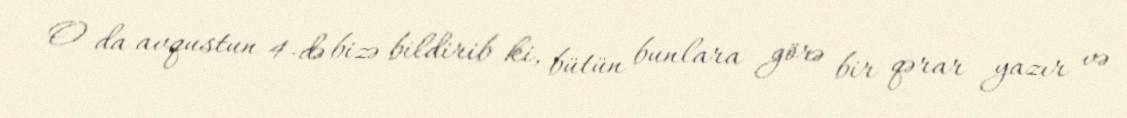
O da avqustun 4-də bizə bildirib ki, bütün bunlara görə bir qərar yazır və